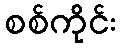
စစ်ကိုင်း